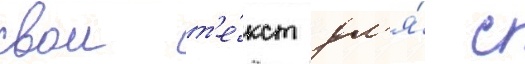
свои т'е́кст дл'я́ с